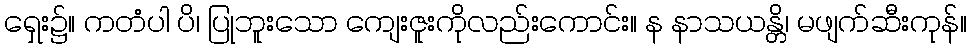
ရှေး၌။ ကတံပါ ပိ၊ ပြုဘူးသော ကျေးဇူးကိုလည်းကောင်း။ န နာသယန္တိ၊ မဖျက်ဆီးကုန်။